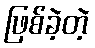
ဖြစ်ခဲ့တဲ့